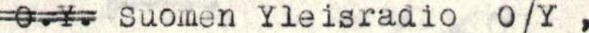
O.Y. Suomen Yleisradio 0/Y ,